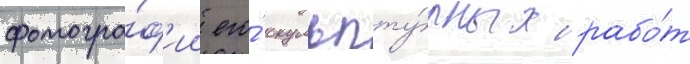
фотогра́ф'ии его́ скульпту́рных рабо́т